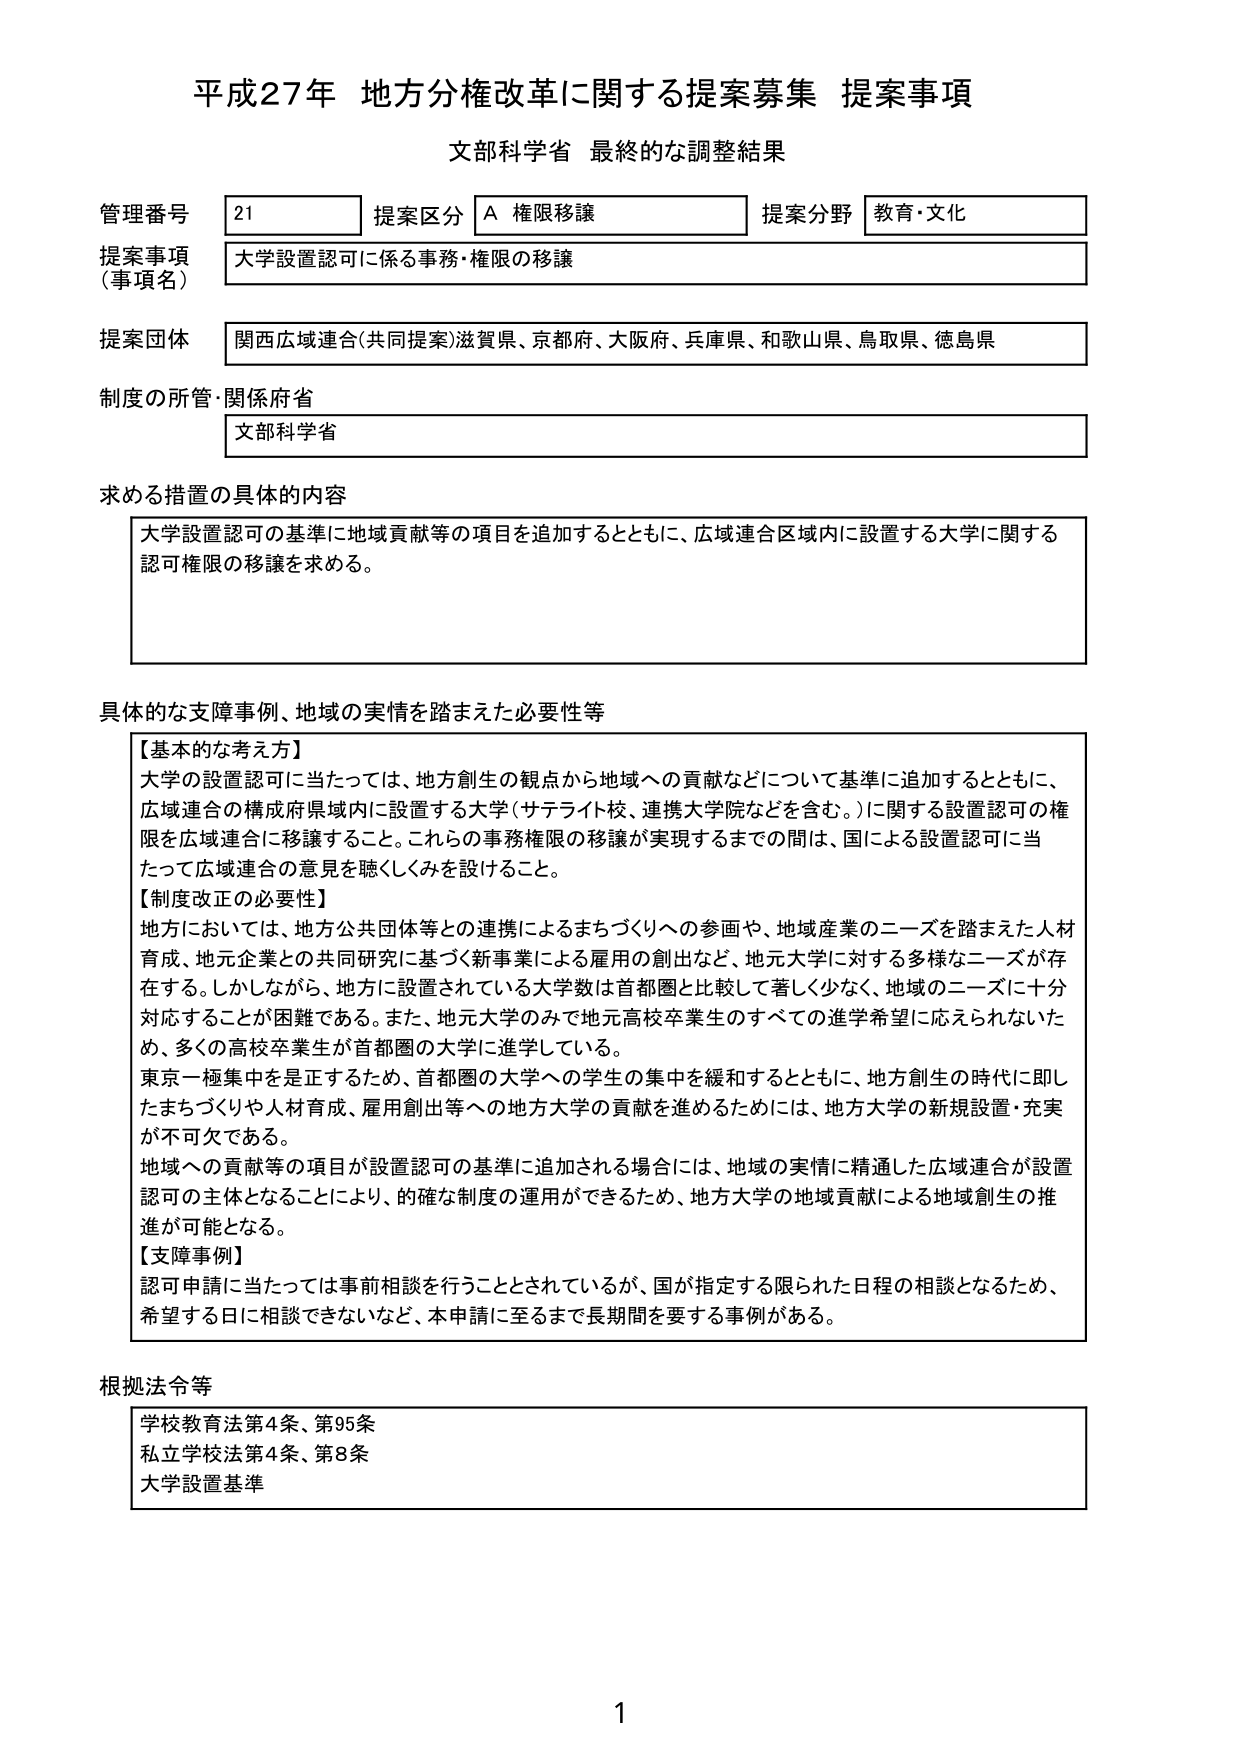
平成27年 地方分権改革に関する提案募集 提案事項
文部科学省 最終的な調整結果

管理番号 21 提案区分 A 権限移譲 提案分野 教育・文化
提案事項（事項名） 大学設置認可に係る事務・権限の移譲
提案団体 関西広域連合（共同提案）滋賀県、京都府、大阪府、兵庫県、和歌山県、鳥取県、徳島県
制度の所管・関係府省 文部科学省

求める措置の具体的内容
大学設置認可の基準に地域貢献等の項目を追加するとともに、広域連合区域内に設置する大学に関する認可権限の移譲を求める。

具体的な支障事例、地域の実情を踏まえた必要性等
【基本的な考え方】
大学の設置認可に当たっては、地方創生の観点から地域への貢献などについて基準に追加するとともに、広域連合の構成府県域内に設置する大学（サテライト校、連携大学院などを含む。）に関する設置認可の権限を広域連合に移譲すること。これらの事務権限の移譲が実現するまでの間は、国による設置認可に当たって広域連合の意見を聴くしくみを設けること。
【制度改正の必要性】
地方においては、地方公共団体等との連携によるまちづくりへの参画や、地域産業のニーズを踏まえた人材育成、地元企業との共同研究に基づく新事業による雇用の創出など、地元大学に対する多様なニーズが存在する。しかしながら、地方に設置されている大学数は首都圏と比較して著しく少なく、地域のニーズに十分対応することが困難である。また、地元大学のみで地元高校卒業生のすべての進学希望に応えられないため、多くの高校卒業生が首都圏の大学に進学している。
東京一極集中を是正するため、首都圏の大学への学生の集中を緩和するとともに、地方創生の時代に即したまちづくりや人材育成、雇用創出等への地方大学の貢献を進めるためには、地方大学の新規設置・充実が不可欠である。
地域への貢献等の項目が設置認可の基準に追加される場合には、地域の実情に精通した広域連合が設置認可の主体となることにより、的確な制度の運用ができるため、地方大学の地域貢献による地域創生の推進が可能となる。
【支障事例】
認可申請に当たっては事前相談を行うこととされているが、国が指定する限られた日程の相談となるため、希望する日に相談できないなど、本申請に至るまで長期間を要する事例がある。

根拠法令等
学校教育法第4条、第95条
私立学校法第4条、第8条
大学設置基準

1